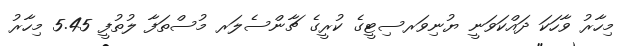
މިހާރު ވާހަކަ ދައްކަވަނީ ޔުނިވަރސިޓީގެ ކުރީގެ ޗާންސެލަރ މުސްތަފާ ލުތުފީ 5.45 މިހާރު